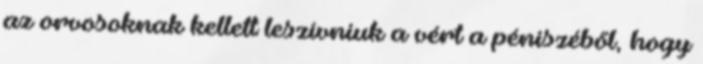
az orvosoknak kellett leszívniuk a vért a péniszéből, hogy